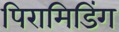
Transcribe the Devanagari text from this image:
पिरामिडिंग